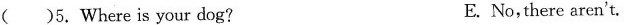
( )5.Where is your dog? E.No, there aren't.